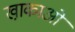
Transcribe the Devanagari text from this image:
खा़काओं